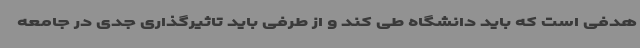
هدفی است که باید دانشگاه طی کند و از طرفی باید تاثیرگذاری جدی در جامعه